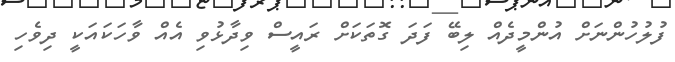
ފުލުހުންނަށް އުންމީދެއް ލިބޭ ފަދަ ގޮތަކަށް ރައީސް ވިދާޅުވި އެއް ވާހަކައަކީ ދިވެހި